Maemoisa_(Sinalepa)_vallavalitsus, lk 13
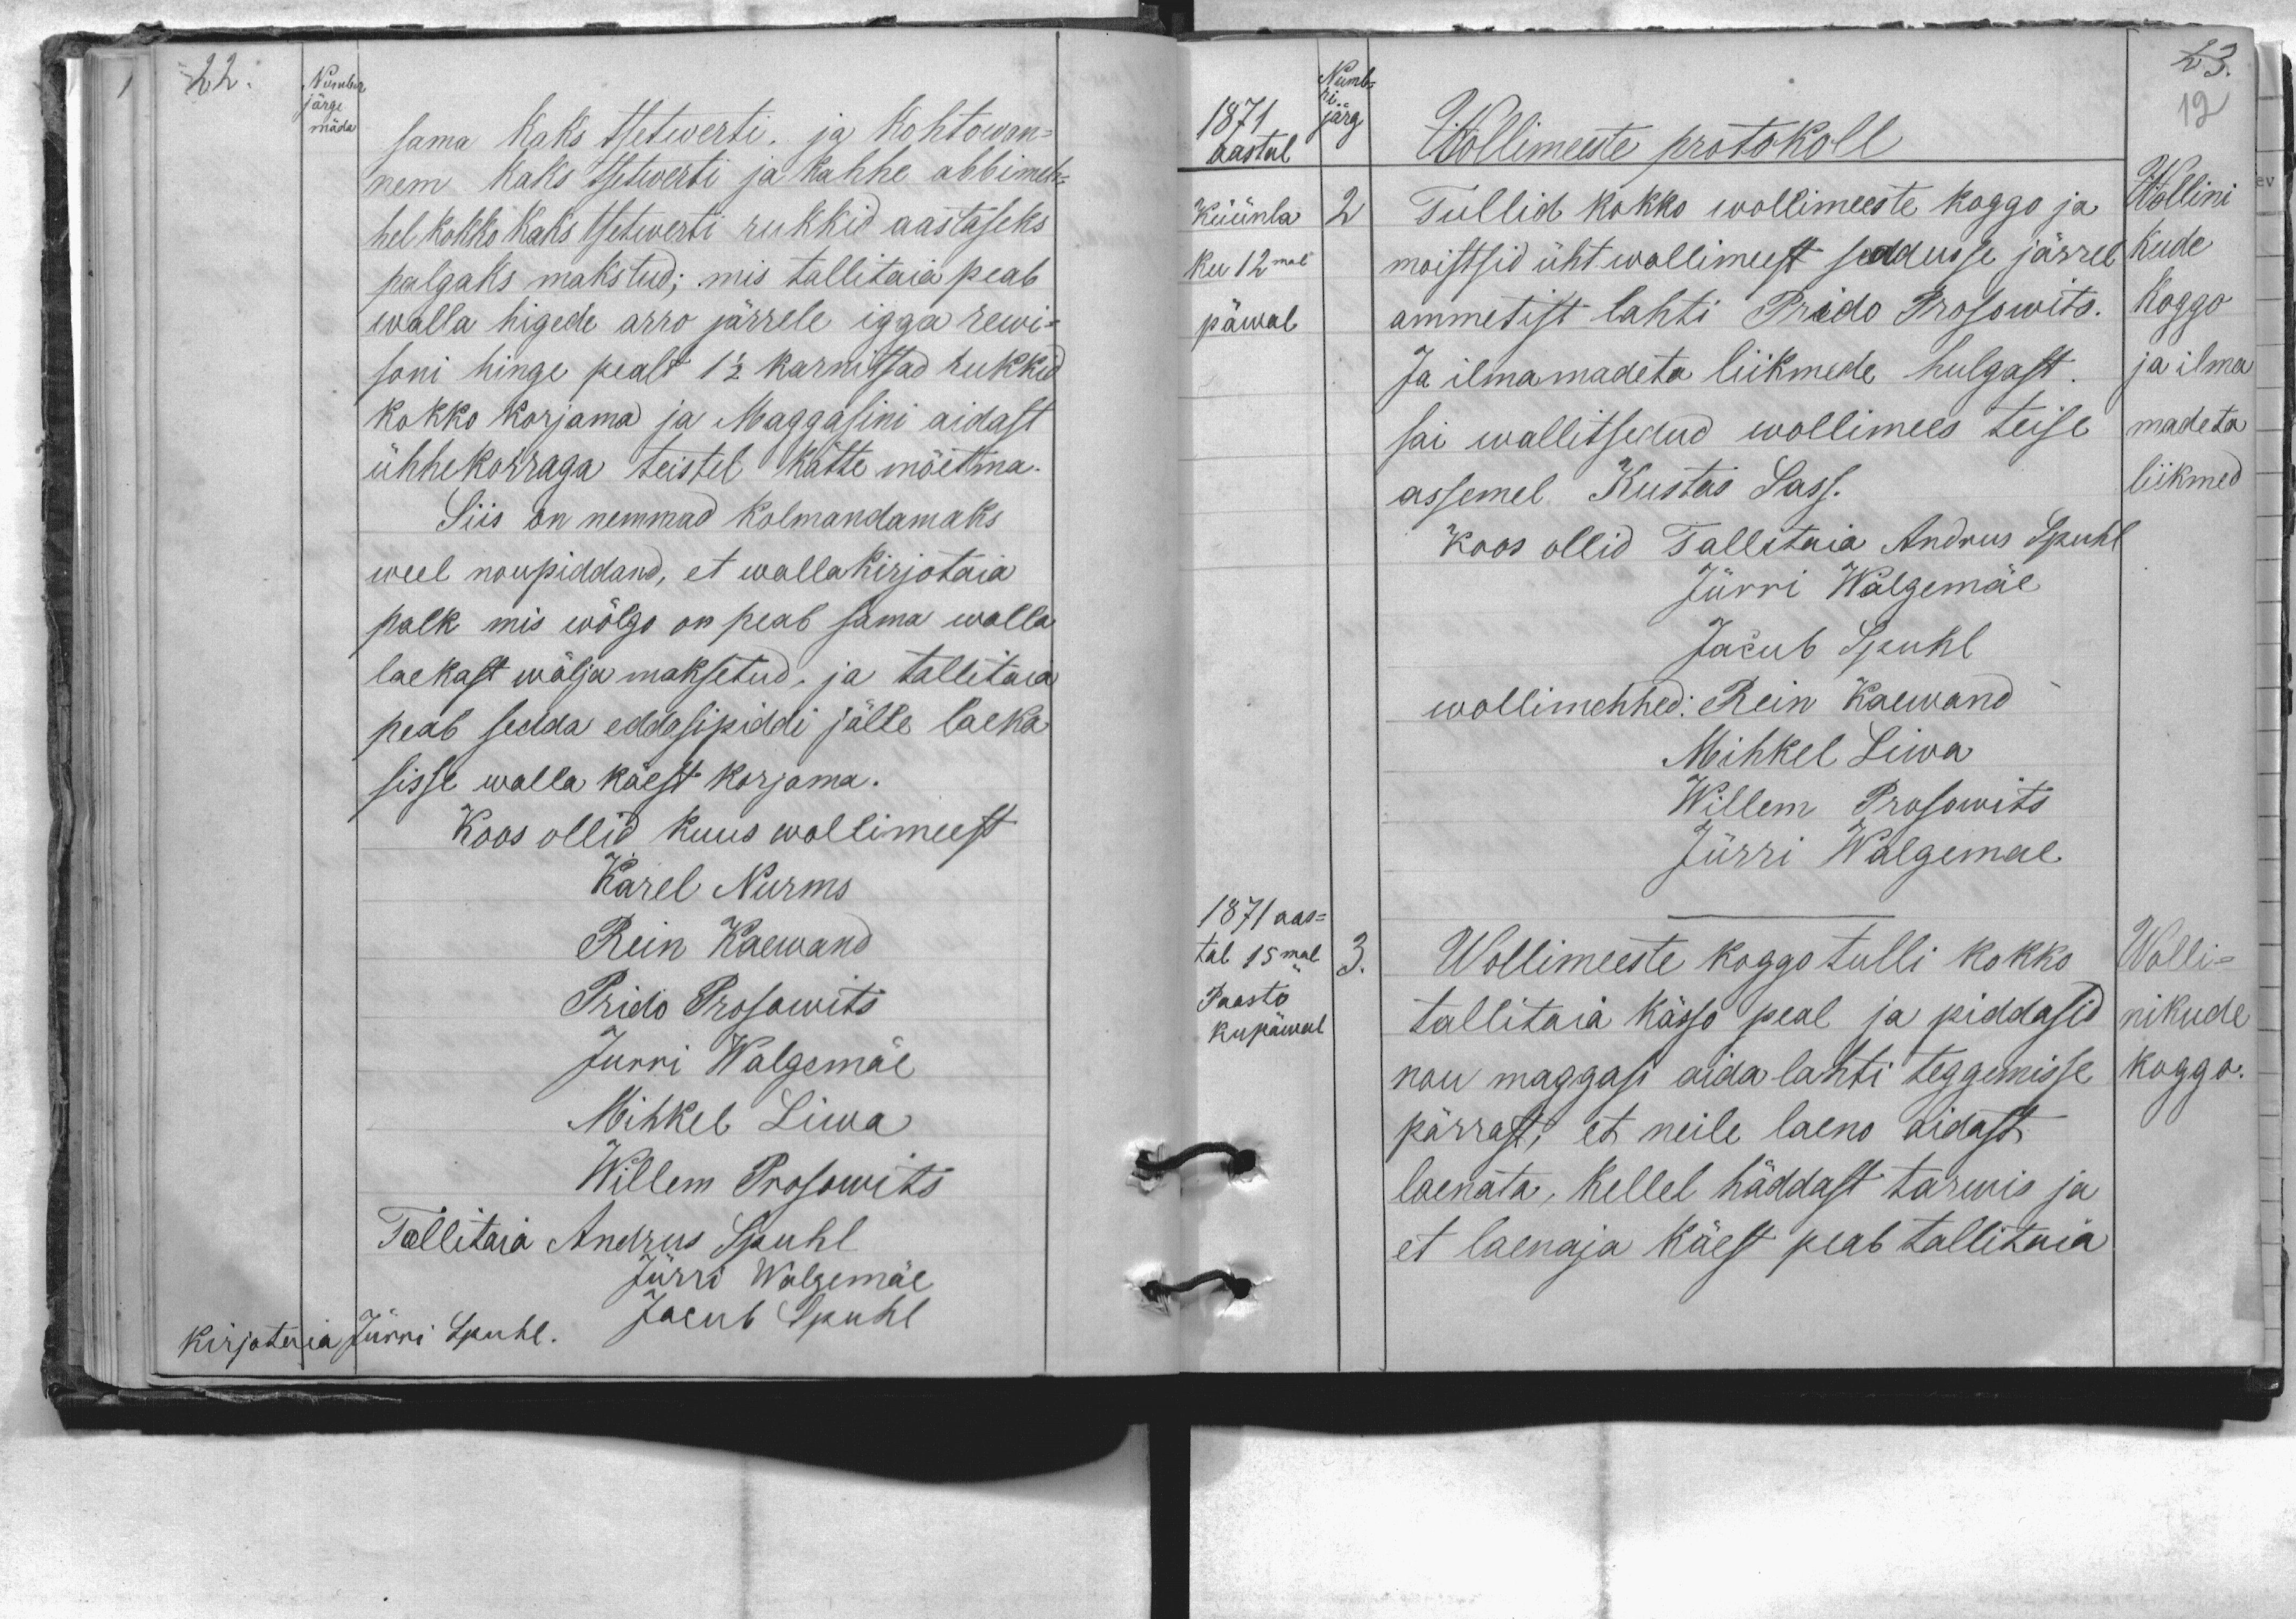
Number
sama kaks tsetwerti ja kohtowan-
nem kaks tsetwerti ja kahhe abbimeh-
hel kokko kaks tsetwerti rukkid aastaseks
palgaks makstud; mis tallitaia peab
walla higede arro järrele igga rewi-
soni hinge pealt 1 1/2 karnitsad rukkid
kokko korjama ja Maggasini aidast
ühhekorraga teistel kätte mõetma-
Siis on nemmad kolmandamaks
weel noupiddand, et walla kirjotaia
palk mis wõlgo on peab sama walla
laekast wälja maksetud ja tallitaia
peab sedda eddasipiddi jälle laeka
sisse walla käest korjama.
Koos ollid kuus wollimeest
Karel Nurms
Rein Kaewand
Prido Prosowits
Jurri Walgemäe
Mihkel Liwa
Willem Prosowits
Tallitaia Andrus Spuhl
Jürri Walgemäe
Kirjotaia Jürri Spuhl.
Jacub Spuhl

Numb-
1871
Wollimeeste protokoll
aastal
Küünla
2
Tullid kokko wollimeeste koggo ja
Wollini
Ku 12mal
moistsid üht wollimeest seadusse järrele
kude
päwal
ammetist lahti Prido Prosowits.
koggo
Ja ilmamadeta liikmede hulgast.
ja ilma
sai wallitsedud wollimees teise
madeta
assemel Kustas Sass.
liikmed
Koos ollid Tallitaia Andrus Spuhl
Jürri Walgemäe
Jacub Spuhl
wollimehhed: Rein Kaewand
Mihkel Liwa
Willem Prosowits
Jürri Walgemae
1871 aas-
tal 15mal
3.
Wollimeeste koggo tulli kokko
Wolli-
Paasto
tallitaia kässo peal ja piddasid
kupäwal
nikude
nou maggasi aida lahti teggemisse
koggo.
pärrast, et neile laeno aidast
laenata, kellel häddast tarwis ja
et laenaja käest peab tallitaja